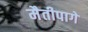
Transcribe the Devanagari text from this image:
मैतीपागे